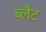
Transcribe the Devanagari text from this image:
ब्लैट